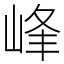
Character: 峰